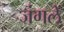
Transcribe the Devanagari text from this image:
जंगलें